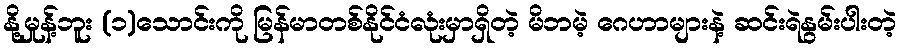
နို့မှုန့်ဘူး (၁)သောင်းကို မြန်မာတစ်နိုင်ငံလုံးမှာရှိတဲ့ မိဘမဲ့ ဂေဟာများနဲ့ ဆင်းရဲနွမ်းပါးတဲ့